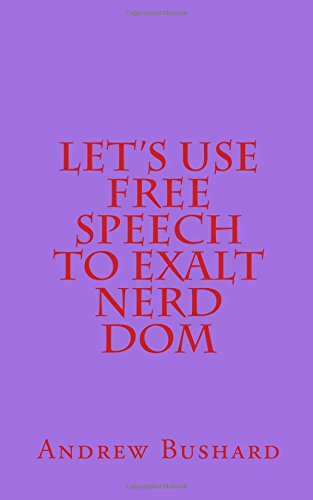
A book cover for Let's Use Free Speech to Exalt Nerd Dom; Andrew Bushard; Romance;